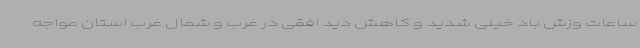
ساعات وزش باد خیلی شدید و کاهش دید افقی در غرب و شمال غرب استان مواجه